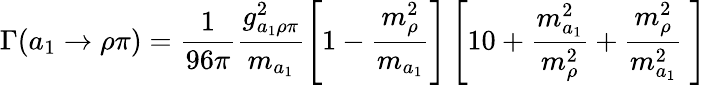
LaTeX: \Gamma(a_{1}\to\rho\pi)=\frac{1}{96\pi}\frac{g_{a_{1}\rho\pi}^{2}}{m_{a_{1}}}\left[1-\frac{m_{\rho}^{2}}{m_{a_{1}}}\right]\left[10+\frac{m_{a_{1}}^{2}}{m_{\rho}^{2}}+\frac{m_{\rho}^{2}}{m_{a_{1}}^{2}}\ \right]